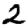
Digit: 2